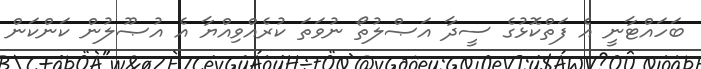
ބަހައްޓާނީ އެ ފަތްކޮޅުގެ ސީދާ އަޞްލުތޯ ނުވަތަ ކުރެއްވިއްޔާ އެ އުޞޫލުން ކަންކަން